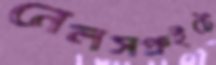
নেলসপ্রুইটে